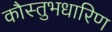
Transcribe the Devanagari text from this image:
कौस्तुभधारिण